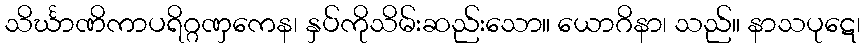
သိင်္ဃာဏိကာပရိဂ္ဂဏှကေန၊ နှပ်ကိုသိမ်းဆည်းသော။ ယောဂိနာ၊ သည်။ နာသပုဋေ၊